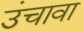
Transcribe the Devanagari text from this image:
उंचावा